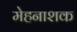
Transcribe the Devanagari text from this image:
मेहनाशक